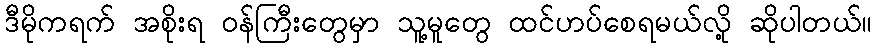
ဒီမိုကရက် အစိုးရ ဝန်ကြီးတွေမှာ သူ့မူတွေ ထင်ဟပ်စေရမယ်လို့ ဆိုပါတယ်။